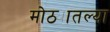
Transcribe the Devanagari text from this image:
मोठ्यातल्या